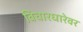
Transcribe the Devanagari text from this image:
विचारधारेवर